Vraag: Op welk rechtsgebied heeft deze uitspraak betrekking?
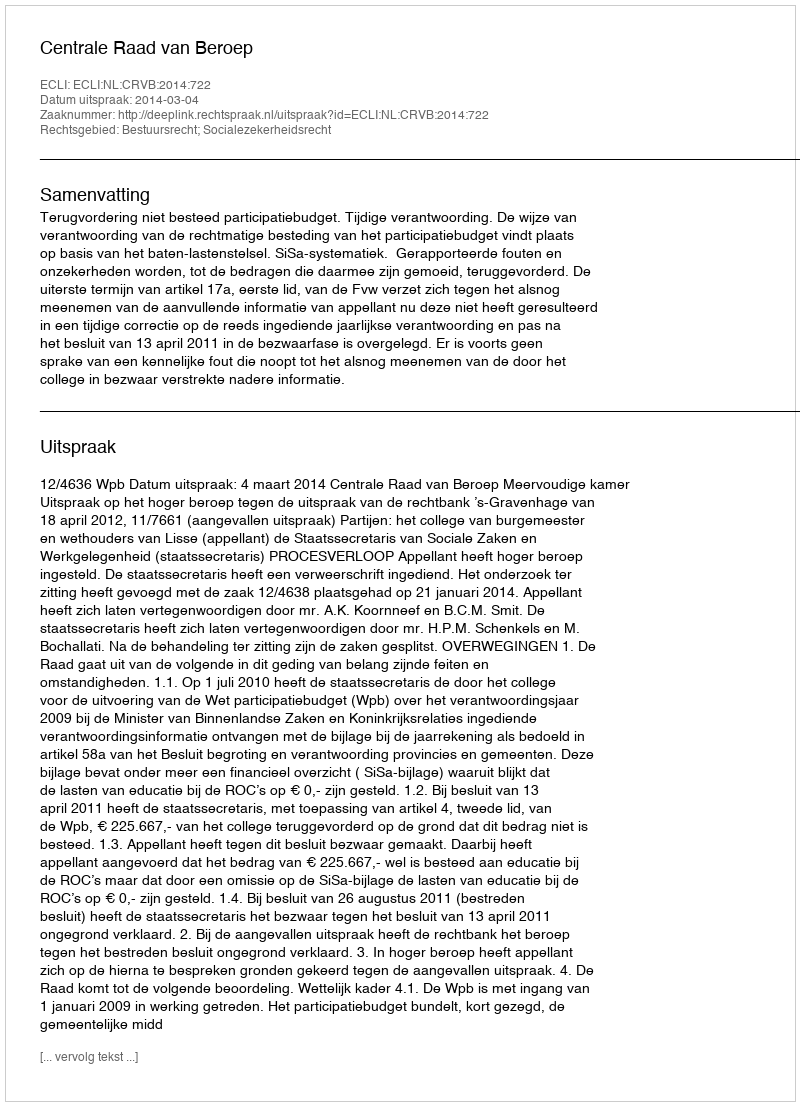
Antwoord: Bestuursrecht; Socialezekerheidsrecht